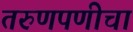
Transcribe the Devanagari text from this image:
तरुणपणीचा